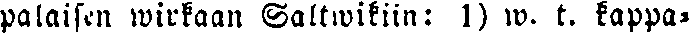
palaisen wirkaan Saltwikiin: 1) w. t. kappa-